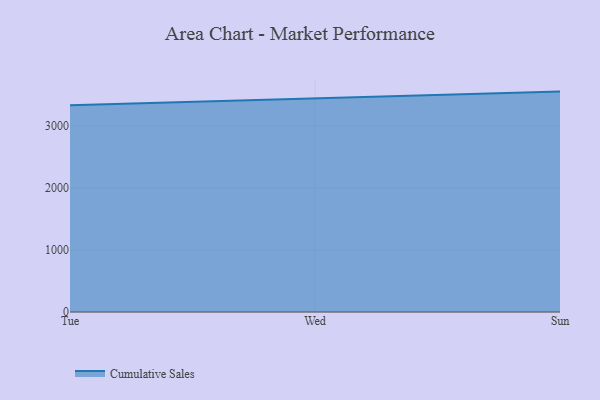
{"axis": {"x": "Day", "y": "Shipments"}, "legend": ["Cumulative Sales"], "data": [{"x": "Tue", "y": 3337.4, "type": "Cumulative Sales"}, {"x": "Wed", "y": 3448.9, "type": "Cumulative Sales"}, {"x": "Sun", "y": 3556.6, "type": "Cumulative Sales"}]}